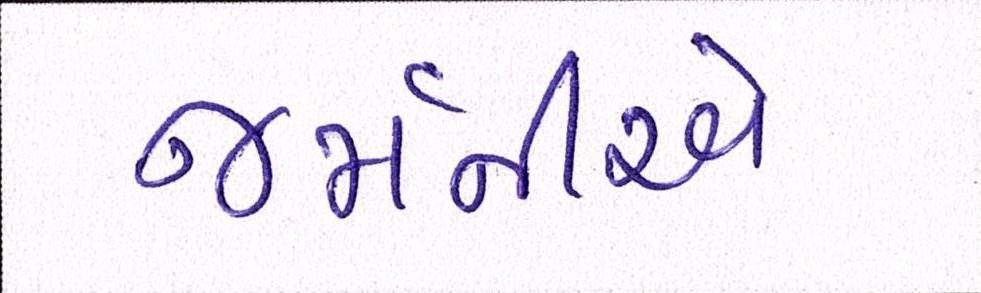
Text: જર્મનીએ